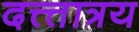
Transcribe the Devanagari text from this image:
दत्त्त्तात्रय